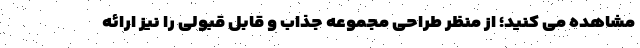
مشاهده می کنید؛ از منظر طراحی مجموعه جذاب و قابل قبولی را نیز ارائه